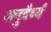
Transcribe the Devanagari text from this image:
अनुदैर्ध्यं